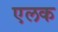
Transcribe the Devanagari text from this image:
एलक